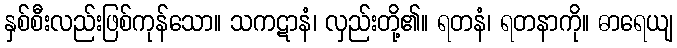
နှစ်စီးလည်းဖြစ်ကုန်သော။ သကဋာနံ၊ လှည်းတို့၏။ ရတနံ၊ ရတနာကို။ ဓာရေယျ